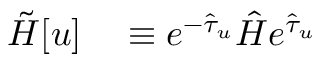
\begin{array} { r l } { \tilde { H } [ u ] } & { { } \equiv e ^ { - \hat { \tau } _ { u } } \hat { H } e ^ { \hat { \tau } _ { u } } } \end{array}